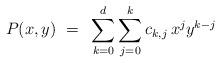
LaTeX: \begin{align*}P(x,y) ~=~ \sum_{k=0}^d\sum_{j=0}^k c_{k,j}{\,}x^jy^{k-j}\end{align*}